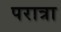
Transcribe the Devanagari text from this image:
परात्रा